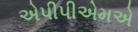
એપીપીએમએ